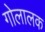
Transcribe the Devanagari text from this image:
गोलालक